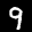
Label: 9